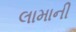
લામાની